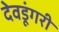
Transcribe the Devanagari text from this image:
देवडूंगरी